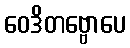
ဝေဒိတဗ္ဗောပေ